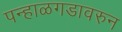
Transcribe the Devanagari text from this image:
पन्हाळगडावरुन